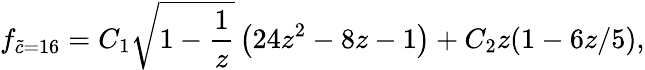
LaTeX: f_{\widetilde c=16}=C_{1}\sqrt{1-\frac{1}{z}}\left(24z^{2}-8z-1\right)+C_{2}z(1-6z/5),